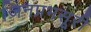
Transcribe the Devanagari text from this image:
जिनप्रभसूरी